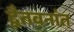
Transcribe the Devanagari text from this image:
द्वैतवनांत